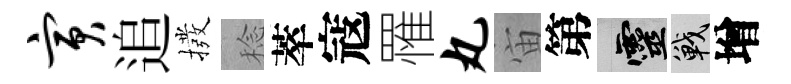
寅追撥稔萃寇罹丸宙第靈戰增